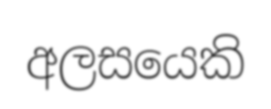
අලසයෙකි